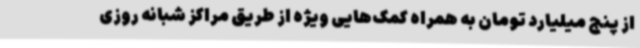
از پنج میلیارد تومان به همراه کمک‌هایی ویژه از طریق مراکز شبانه روزی